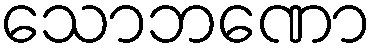
သောဘဏော